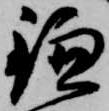
鎌